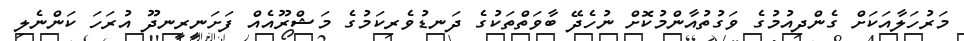
މަރުހަލާއަކަށް ގެންދިއުމުގެ ވަގުތުއާންމުކޮށް ނުހެދޭ ބާވަތްތަކުގެ ދަނޑުވެރިކަމުގެ މަޝްރޫއެއް ފަށަނީރީނދޫ އުރަހަ ކަންނެލި